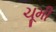
ચૂમી